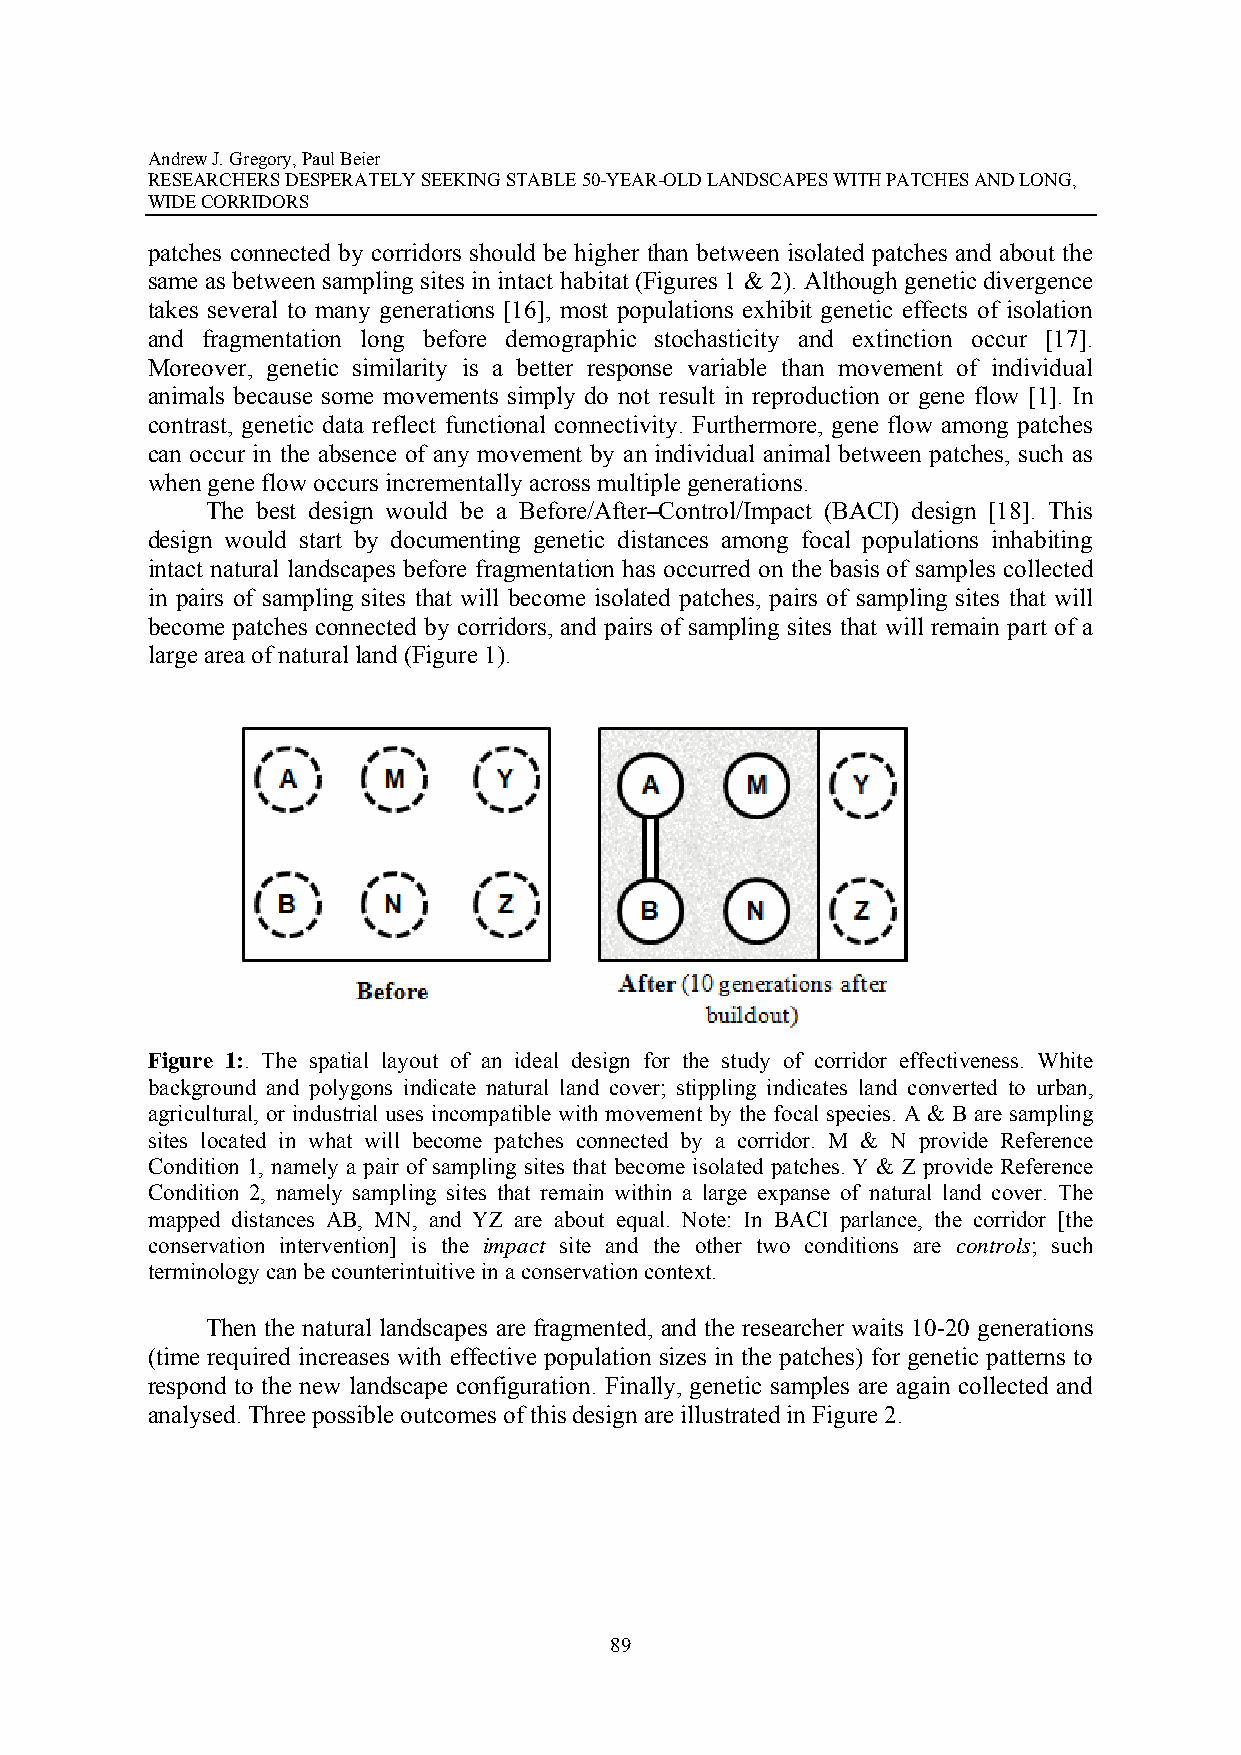
Andrew J. Gregory, Paul Beier
 RESEARCHERS DESPERATELY SEEKING STABLE 50-YEAR-OLD LANDSCAPES WITH PATCHES AND LONG,
 WIDE CORRIDORS
 patches connected by corridors should be higher than between isolated patches and about the
 same as between sampling sites in intact habitat (Figures 1 & 2). Although genetic divergence
 takes several to many generations [16], most populations exhibit genetic effects of isolation
 and fragmentation long before demographic stochasticity and extinction occur [17].
 Moreover, genetic similarity is a better response variable than movement of individual
 animals because some movements simply do not result in reproduction or gene flow [1]. In
 contrast, genetic data reflect functional connectivity. Furthermore, gene flow among patches
 can occur in the absence of any movement by an individual animal between patches, such as
 when gene flow occurs incrementally across multiple generations.
 The best design would be a Before/After–Control/Impact (BACI) design [18]. This
 design would start by documenting genetic distances among focal populations inhabiting
 intact natural landscapes before fragmentation has occurred on the basis of samples collected
 in pairs of sampling sites that will become isolated patches, pairs of sampling sites that will
 become patches connected by corridors, and pairs of sampling sites that will remain part of a
 large area of natural land (Figure 1).
 Figure 1:. The spatial layout of an ideal design for the study of corridor effectiveness. White
 background and polygons indicate natural land cover; stippling indicates land converted to urban,
 agricultural, or industrial uses incompatible with movement by the focal species. A & B are sampling
 sites located in what will become patches connected by a corridor. M & N provide Reference
 Condition 1, namely a pair of sampling sites that become isolated patches. Y & Z provide Reference
 Condition 2, namely sampling sites that remain within a large expanse of natural land cover. The
 mapped distances AB, MN, and YZ are about equal. Note: In BACI parlance, the corridor [the
 conservation intervention] is the impact site and the other two conditions are controls; such
 terminology can be counterintuitive in a conservation context.
 Then the natural landscapes are fragmented, and the researcher waits 10-20 generations
 (time required increases with effective population sizes in the patches) for genetic patterns to
 respond to the new landscape configuration. Finally, genetic samples are again collected and
 analysed. Three possible outcomes of this design are illustrated in Figure 2.
 89